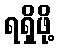
ရရှိဖို့